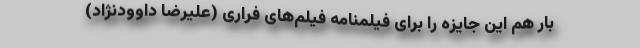
بار هم این جایزه را برای فیلمنامه فیلم‌های فراری (علیرضا داوودنژاد)